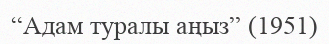
“Адам туралы аңыз” (1951)